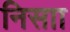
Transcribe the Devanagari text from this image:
निसाा